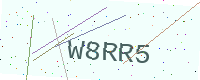
Text: W8RR5